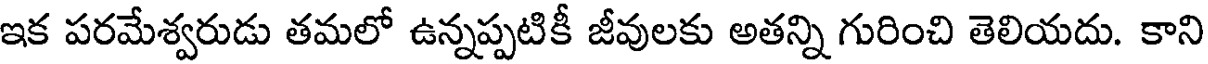
ఇక పరమేశ్వరుడు తమలో ఉన్నప్పటికీ జీవులకు అతన్ని గురించి తెలియదు. కాని